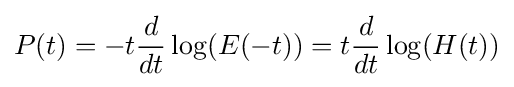
P(t)=-t{\frac {d}{dt}}\log(E(-t))=t{\frac {d}{dt}}\log(H(t))